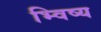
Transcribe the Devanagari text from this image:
भ्विष्य